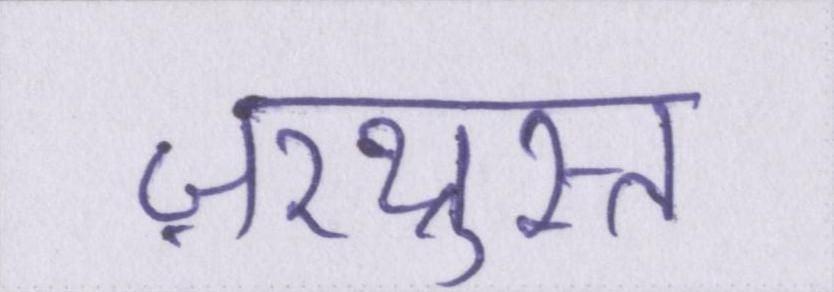
ज़रथ्रुस्त